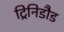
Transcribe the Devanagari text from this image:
ट्रिनिडौड